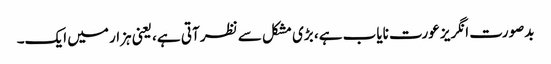
بدصورت انگریز عورت نایاب ہے، بڑی مشکل سے نظر آتی ہے، یعنی ہزار میں ایک۔